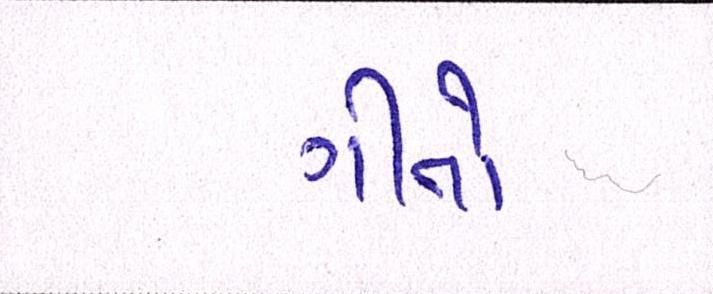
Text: ગીતો